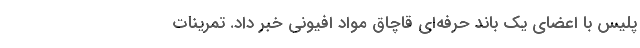
پلیس با اعضای یک باند حرفه‌ای قاچاق مواد افیونی خبر داد. تمرینات